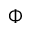
\Phi